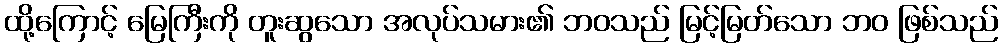
ထို့ကြောင့် မြေကြီးကို တူးဆွသော အလုပ်သမား၏ ဘဝသည် မြင့်မြတ်သော ဘဝ ဖြစ်သည်